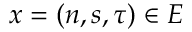
x = ( n , s , \tau ) \in E